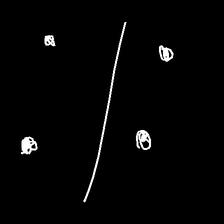
Glyph: cool